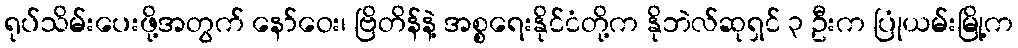
ရုပ်သိမ်းပေးဖို့အတွက် နော်ဝေး၊ ဗြိတိန်နဲ့ အစ္စရေးနိုင်ငံတို့က နိုဘဲလ်ဆုရှင် ၃ ဦးက ပြုံယမ်းမြို့က